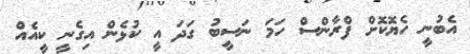
އެބުނީ ހެޔޮކޮށް ފްރާންސް ހަމަ ނަސީބު ގަދަ އީ ކުޅެން އިގެނީ ކީއެއް